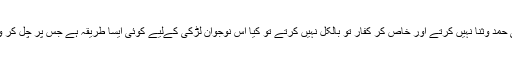
میں آپ سے یہ کہتی ہوں کہ سب لوگ ان چیزوں کو جو انہیں عجیب لگیں دیکھ کر اللہ تعالی کی حمد وثنا نہیں کرتے اور خاص کر کفار تو بالکل نہیں کرتے تو کیا اس نوجوان لڑکی کےلیے کوئی ایسا طریقہ ہے جس پر چل کر وہ (اسکی ضرورت پیش نہ آئے کہ) اپنا چہرہ چھپائے بغیر اپنے آپ کر نظر بد سے بچا سکے؟